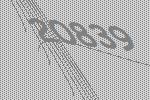
20839